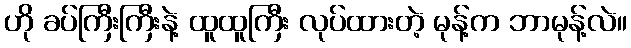
ဟို ခပ်ကြီးကြီးနဲ့ ထူထူကြီး လုပ်ထားတဲ့ မုန့်က ဘာမုန့်လဲ။